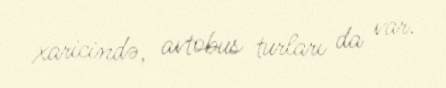
xaricində, avtobus turları da var.